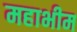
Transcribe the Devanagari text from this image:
महाभीम